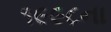
૧૯૯૮ના